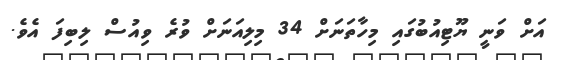
އަށް ވަނީ ޔޫޓިއުބުގައި މިހާތަނަށް 34 މިލިއަނަށް ވުރެ ވިއުސް ލިބިފަ އެވެ.